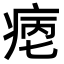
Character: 𤶮